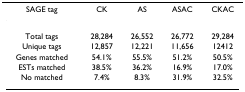
<table><thead><tr><td><b>SAGE tag</b></td><td><b>CK</b></td><td><b>AS</b></td><td><b>ASAC</b></td><td><b>CKAC</b></td></tr></thead><tbody><tr><td>Total tags</td><td>28,284</td><td>26,552</td><td>26,772</td><td>29,284</td></tr><tr><td>Unique tags</td><td>12,857</td><td>12,221</td><td>11,656</td><td>12412</td></tr><tr><td>Genes matched</td><td>54.1%</td><td>55.5%</td><td>51.2%</td><td>50.5%</td></tr><tr><td>ESTs matched</td><td>38.5%</td><td>36.2%</td><td>16.9%</td><td>17.0%</td></tr><tr><td>No matched</td><td>7.4%</td><td>8.3%</td><td>31.9%</td><td>32.5%</td></tr></tbody></table>